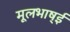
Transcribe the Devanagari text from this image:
मूलभाष्ई